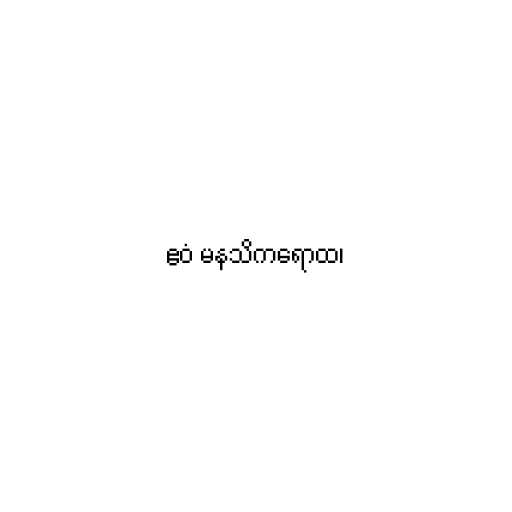
ဧဝံ မနသိကရောထ၊